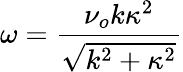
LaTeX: \omega=\frac{\nu_{o}k\kappa^{2}}{\sqrt{k^{2}+\kappa^{2}}}